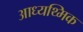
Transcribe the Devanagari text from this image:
आध्यथ्मिक